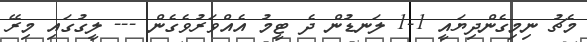
މެޗު ނިމިގެންދިޔައީ 1-1 ލަނޑުން ދެ ޓީމު އެއްވަރުވެގެން --- ލީގުގައި މިރޭ